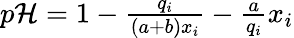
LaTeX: \begin{array}{r}{p\mathcal{H}=1-\frac{q_{i}}{(a+b)x_{i}}-\frac{a}{q_{i}}x_{i}}\end{array}